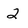
Character: 2